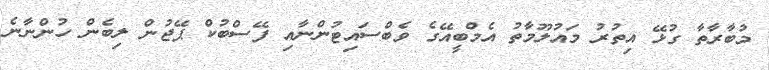
މުބާރާތާ ގުޅޭ އިތުރު މައުލޫމާތު އެމްބީއޭގެ ވެބްސައިޓުންނާއި ފޭސްބުކް ޕޭޖުން ލިބެން ހުންނާނެ